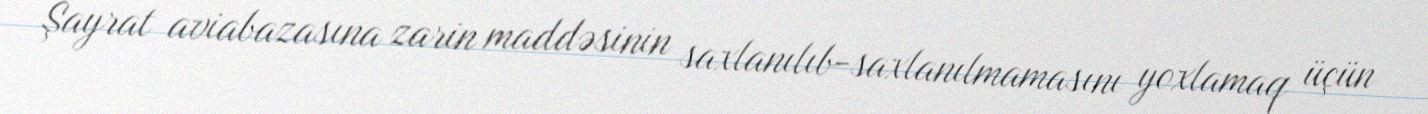
Şayrat aviabazasına zarin maddəsinin saxlanılıb-saxlanılmamasını yoxlamaq üçün